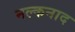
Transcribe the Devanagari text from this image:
नल्कनाद